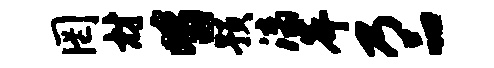
罔材皆预漓岸乃品